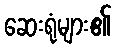
ဆေးရုံများ၏